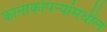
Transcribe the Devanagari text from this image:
कानाकोपर्‍यांमधील